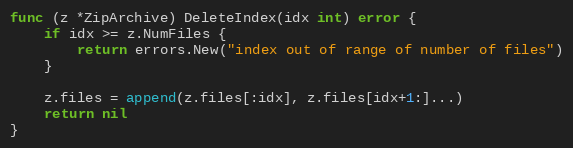
Language: Go
func (z *ZipArchive) DeleteIndex(idx int) error {
	if idx >= z.NumFiles {
		return errors.New("index out of range of number of files")
	}

	z.files = append(z.files[:idx], z.files[idx+1:]...)
	return nil
}